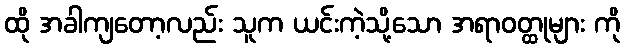
ထို အခါကျတော့လည်း သူက ယင်းကဲ့သို့သော အရာဝတ္ထုများ ကို